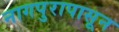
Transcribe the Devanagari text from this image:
नागपुरापासून